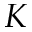
K